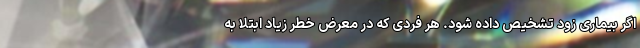
اگر بیماری زود تشخیص داده شود. هر فردی که در معرض خطر زیاد ابتلا به